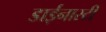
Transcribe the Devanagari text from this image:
डाईनास्टी